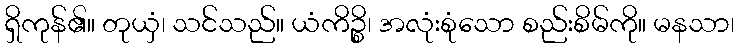
ရှိကုန်၏။ တုယှံ၊ သင်သည်။ ယံကိဉ္စိ၊ အလုံးစုံသော စည်းစိမ်ကို။ မနသာ၊